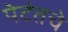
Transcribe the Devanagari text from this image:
पेटंतचे